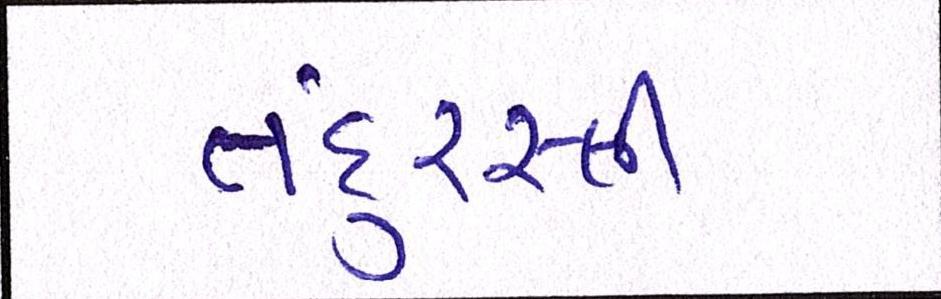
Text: તંદુરસ્તી